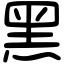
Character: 黑